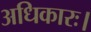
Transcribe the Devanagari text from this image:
अधिकारः।